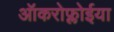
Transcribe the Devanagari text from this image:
ऑकरोफ्लोईया